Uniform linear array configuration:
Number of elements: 16
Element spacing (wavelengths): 0.25
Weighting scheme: kaiser
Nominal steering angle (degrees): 0
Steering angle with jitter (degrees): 1.73
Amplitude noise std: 0.05
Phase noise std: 0.05

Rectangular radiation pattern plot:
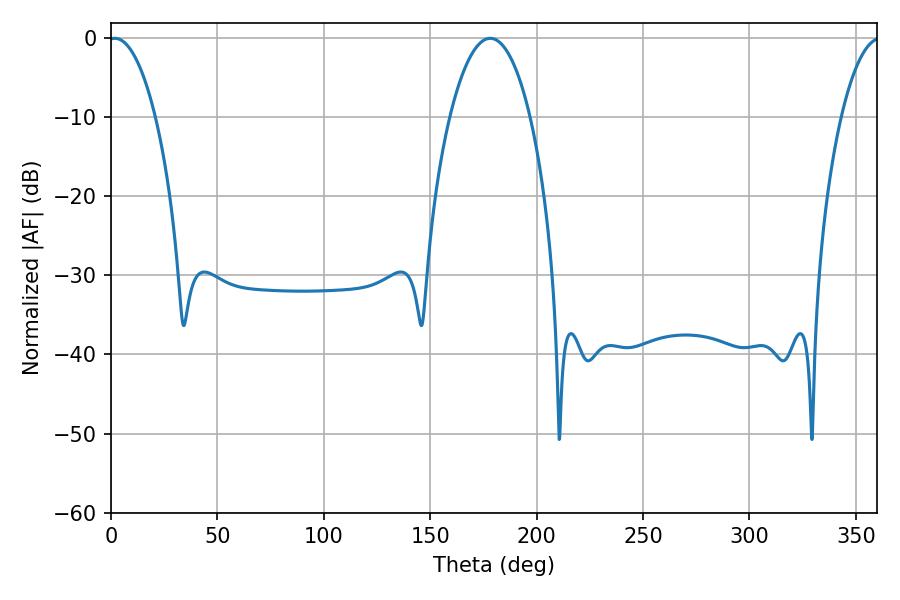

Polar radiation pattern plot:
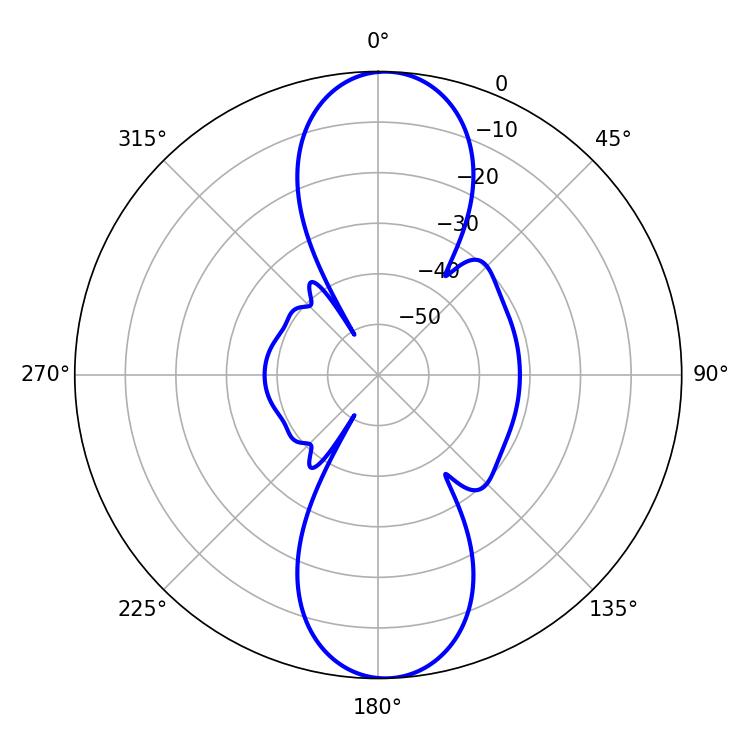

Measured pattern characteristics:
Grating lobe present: FALSE
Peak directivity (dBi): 18.776
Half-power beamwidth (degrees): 12.42
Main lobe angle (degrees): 1.8